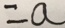
= a